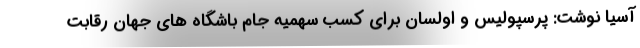
آسیا نوشت: پرسپولیس و اولسان برای کسب سهمیه جام باشگاه های جهان رقابت